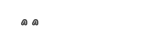
٩٨